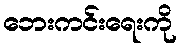
ဘေးကင်းရေးကို